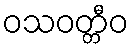
ဝသဝတ္တီဝ